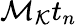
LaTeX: \mathcal{M}_{\mathcal{K}}t_{n}